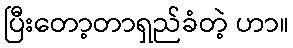
ပြီးတော့တာရှည်ခံတဲ့ ဟာ။